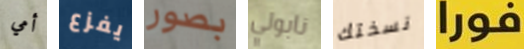
أمي يفزع بصور نابولي نسختك فورا